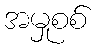
အမှုစစ်